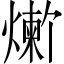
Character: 𬋆